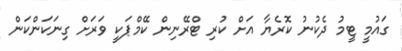
ގައުމީ ޓީމު ދެކުނު ކޮރެޔާ އަށް ކުރި ޓްރޭނިން ކޭމްޕަކީ ވަރަށް ގިނަކަންކަން